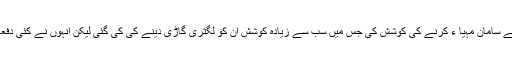
ان کو بارہا قریبی اقرباء سمیت کارکنوں نے ذاتی آسا ئشوں کے لئے سامان مہیا ء کرنے کی کوشش کی جس میں سب سے زیادہ کوشش ان کو لگثری گاڑی دینے کی کی گئی لیکن انہوں نے کئی دفعہ نئی گاڑیوں کی آفر کو اپنے چاہنے والوں کو محبت سے لوٹا دیا۔